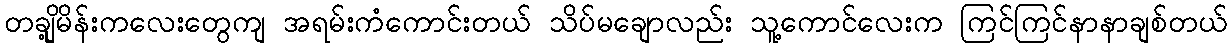
တချို့မိန်းကလေးတွေကျ အရမ်းကံကောင်းတယ် သိပ်မချောလည်း သူ့ကောင်လေးက ကြင်ကြင်နာနာချစ်တယ်